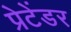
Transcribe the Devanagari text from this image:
प्रेटेंडर